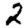
Digit: 2